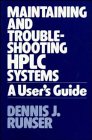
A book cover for Maintaining and Troubleshooting HPLC Systems: A User's Guide; Dennis J. Runser; Science & Math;